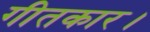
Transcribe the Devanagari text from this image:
गीतकार।